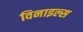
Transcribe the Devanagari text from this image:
विनाइल्स